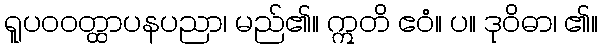
ရူပဝဝတ္ထာပနပညာ၊ မည်၏။ ဣတိ ဧဝံ။ ပ။ ဒုဝိဓာ၊ ၏။